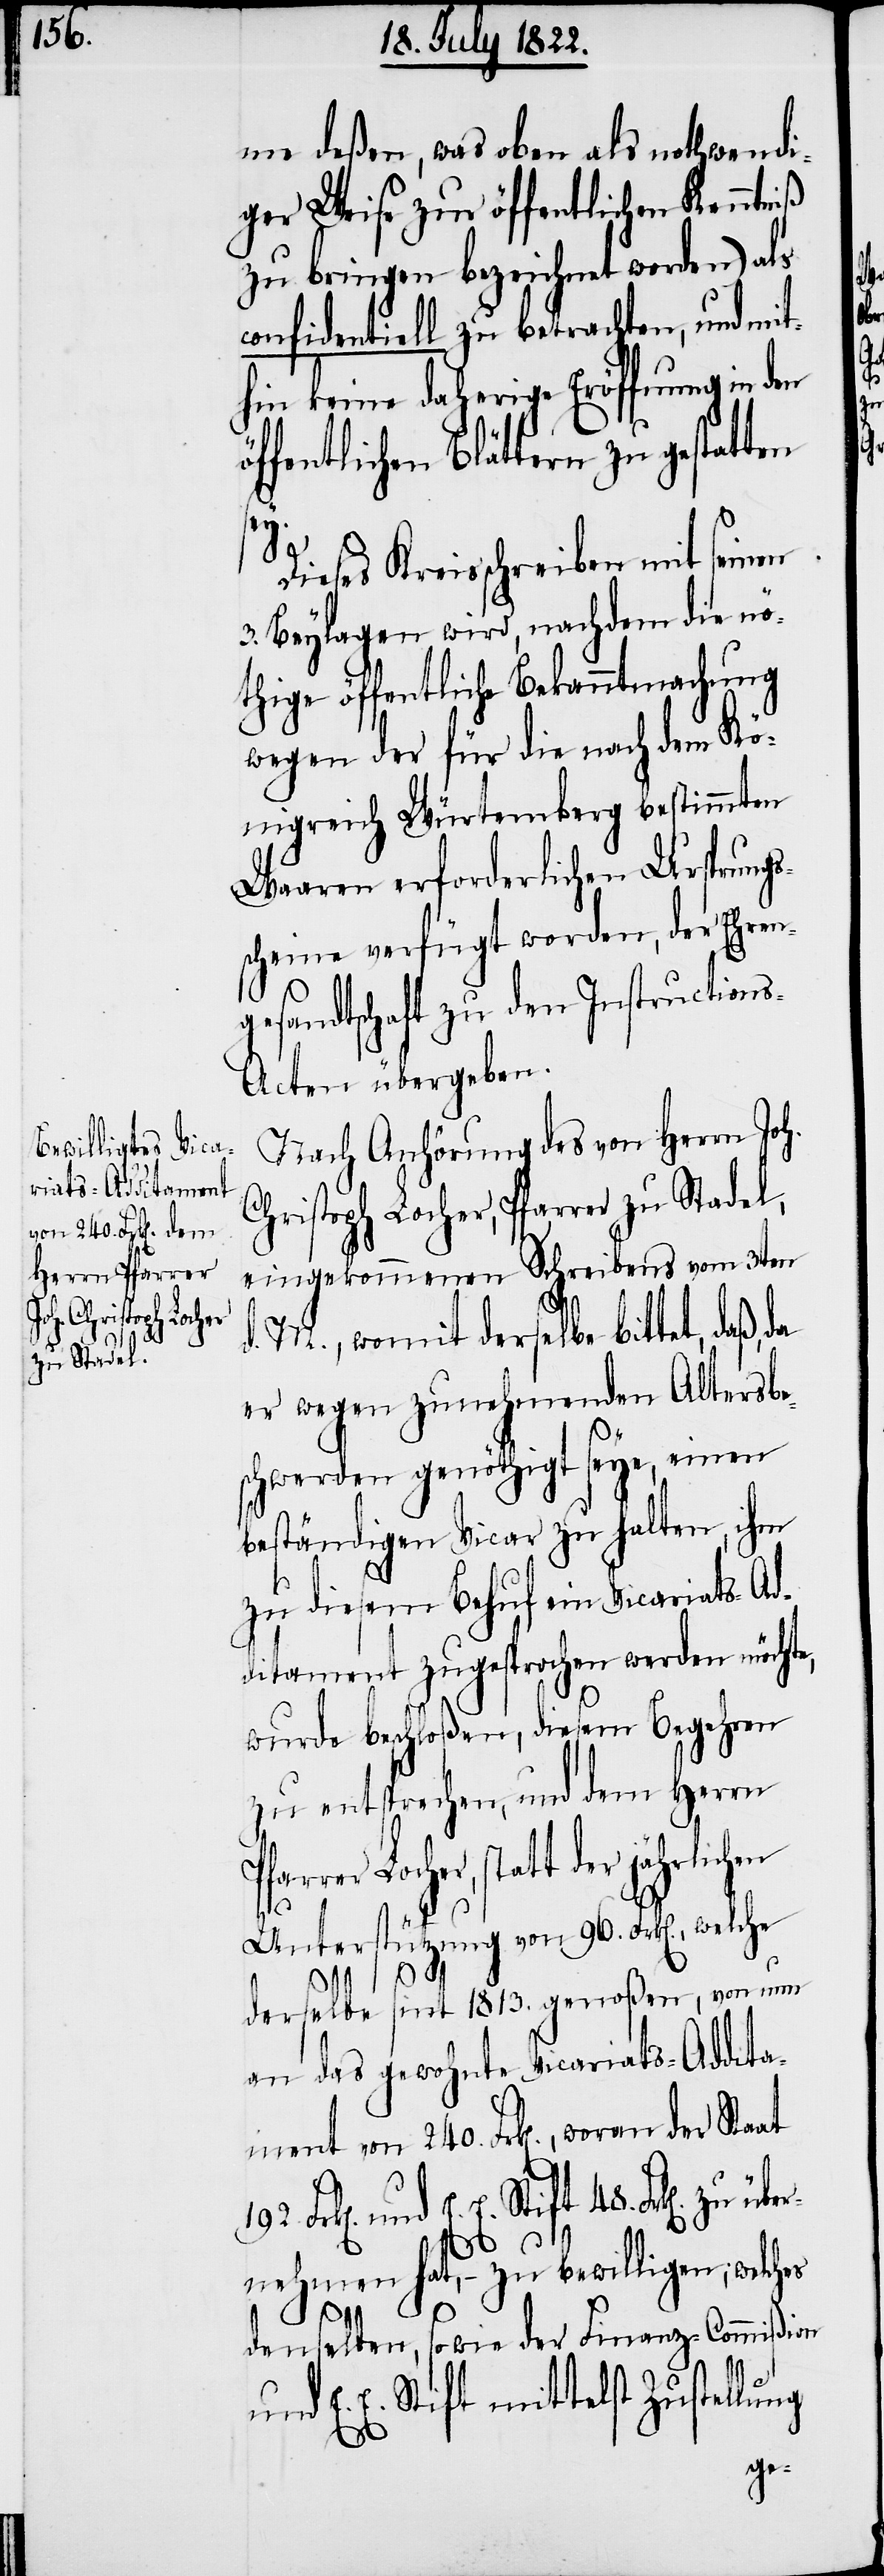
er, Pfarrer
Christoph Loch¬
zu Stadel,

me deßen, was eben als nothwendi¬
ger Weise zur öffentlichen Kenntniß
zu bringen bezeichnet worden) als
confidentiell zu betrachten, und mit¬
hin keine daherige Eröffnung in den
E.
Dieses Kreisschreiben mit seinen
3. Beylagen wird, nachdem die nö¬
thige öffentliche Bekanntmachung
wegen der für die nach dem Kö¬
nigreich Würtemberg bestimmten
Waaren erforderlichen Ursprungs¬
scheine verfügt worden, der Ehren¬
gesandtschaft zu den Instruction¬
s-Acten übergeben.
Nach Anhörung des von Herrn Joh.
eingekommenen Schreibens vom 3ten
d. M., womit derselbe bittet, daß,
er wegen zunehmenden Altersbe¬
schwerden genöthigt seye, seinen
beständigen Vicar zu halten, ihm
zu diesem Behuf ein Vicariats-Ad¬
ditament zugesprochen werden möchte,
wurde beschloßen, diesem Begehren
zu entsprechen, und dem Herrn
Locher, statt der jährlichen
sey.
Unterstützung von 96. Frk[en], welche
derselbe sint 1813. genoßen, von nun
an das gewohnte Vicariats-Addita¬
E. Stift 48. Frk[en] zu übe¬
192.
rnehmen hat, – zu bewilligen; welches
denselben, sowie der Finanz-Commißion
E. E. Stift mittelst Zustellung